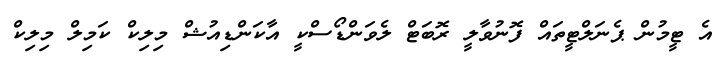
އެ ޓީމުން ޕެނަލްޓީތައް ފޮނުވާލީ ރޮބަޓް ލެވަންޑޯސްކީ އާކަންޑިއުޝް މިލިކް ކަމިލް މިލިކް